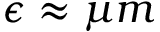
\epsilon \approx \mu m